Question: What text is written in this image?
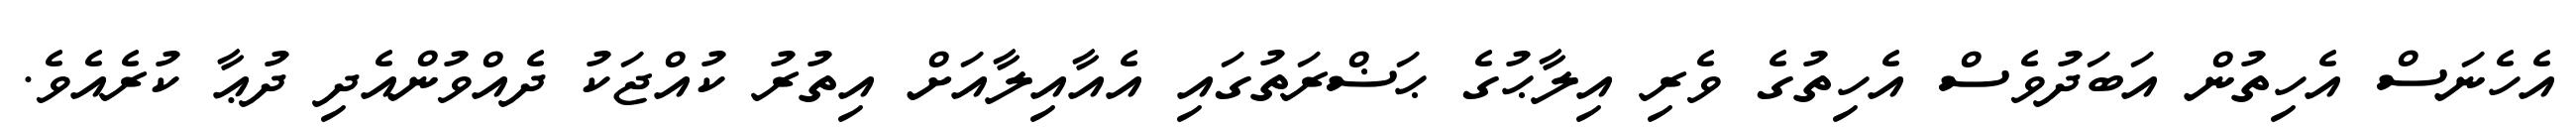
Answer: އެހެނަސް އެހިތުން އަބަދުވެސް އެހިތުގެ ވެރި އިލާޙުގެ ޙަޟްރަތުގައި އެއާއިލާއަށް އިތުރު ކުއްޖަކު ދެއްވުންއެދި ދުޢާ ކުރެއެވެ.